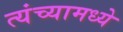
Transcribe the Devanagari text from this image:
त्यंच्यामध्ये